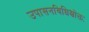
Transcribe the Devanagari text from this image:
उपासनविधिश्चोक्तः